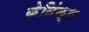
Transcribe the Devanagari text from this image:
केनिंक्स